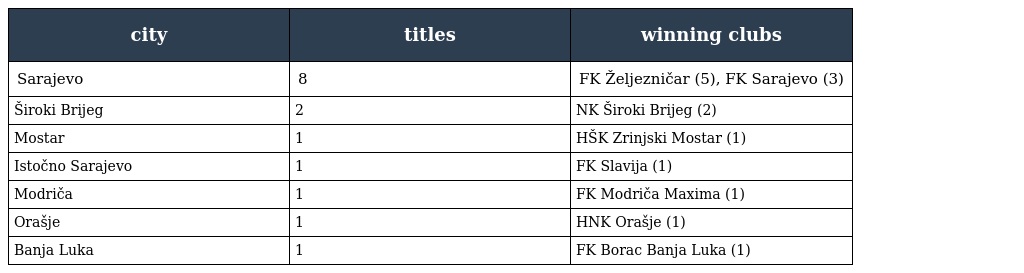
| city | titles | winning clubs |
 | --- | --- | --- |
 | Sarajevo | 8 | FK Željezničar (5), FK Sarajevo (3) |
 | Široki Brijeg | 2 | NK Široki Brijeg (2) |
 | Mostar | 1 | HŠK Zrinjski Mostar (1) |
 | Istočno Sarajevo | 1 | FK Slavija (1) |
 | Modriča | 1 | FK Modriča Maxima (1) |
 | Orašje | 1 | HNK Orašje (1) |
 | Banja Luka | 1 | FK Borac Banja Luka (1) |